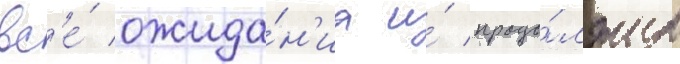
вс'е́ ожида́н'иа и́ продо́лжил